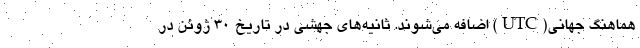
هماهنگ جهانی(UTC) اضافه می‌شوند. ثانیه‌های جهشی در تاریخ ۳۰ ژوئن در